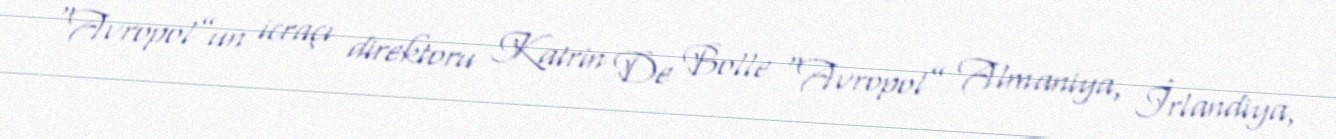
“Avropol”un icraçı direktoru Katrin De Bolle “Avropol” Almaniya, İrlandiya,